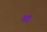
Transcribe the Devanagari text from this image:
घा